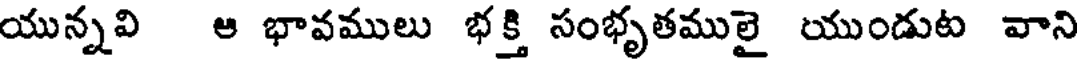
యున్నవి ఆ భావములు భక్తి సంభృతములై యుండుట వాని